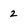
Character: 2